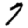
Digit: 7